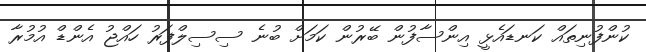
ކުންފުނިތައް ކަނޑައެޅީ އިންސާފުން ބޭރުން ކަމަށް ބުނެ ސިސިލްފަރު ހައްޖު އެންޑް އުމުރާ